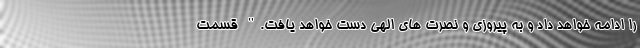
را ادامه خواهد داد و به پیروزی و نصرت های الهی دست خواهد یافت." قسمت